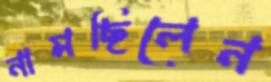
নামছিলেন